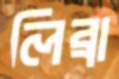
লিব্রা